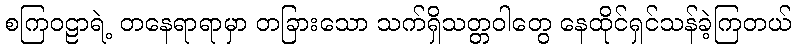
စကြဝဠာရဲ့ တနေရာရာမှာ တခြားသော သက်ရှိသတ္တဝါတွေ နေထိုင်ရှင်သန်ခဲ့ကြတယ်